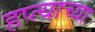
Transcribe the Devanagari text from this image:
हप्‍त्याच्या